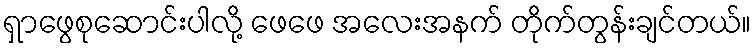
ရှာဖွေစုဆောင်းပါလို့ ဖေဖေ အလေးအနက် တိုက်တွန်းချင်တယ်။